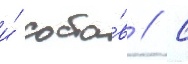
и́ соста́в // С